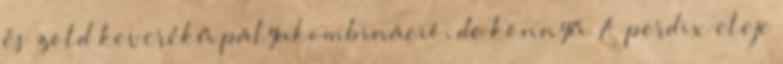
és zöld keverékű pályakombináció, de könnyű. A perdix eleje